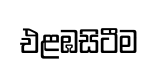
එළඹසිටීම